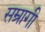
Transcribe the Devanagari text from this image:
सम्रागी